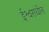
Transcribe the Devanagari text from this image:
ईश्वराधीन